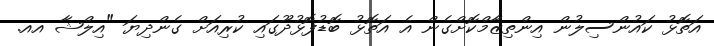
އަތޮޅު ކައުންސިލުން އިންތިޒާމްކޮށްގެން އެ އަތޮޅު ބޮޑުފޮޅުދޫގައި ކުރިއަށް ގެންދިޔަ "އިލްޝާ އއ.